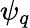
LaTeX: \psi_{q}